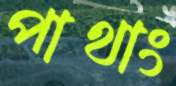
পাথাং